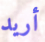
أريد